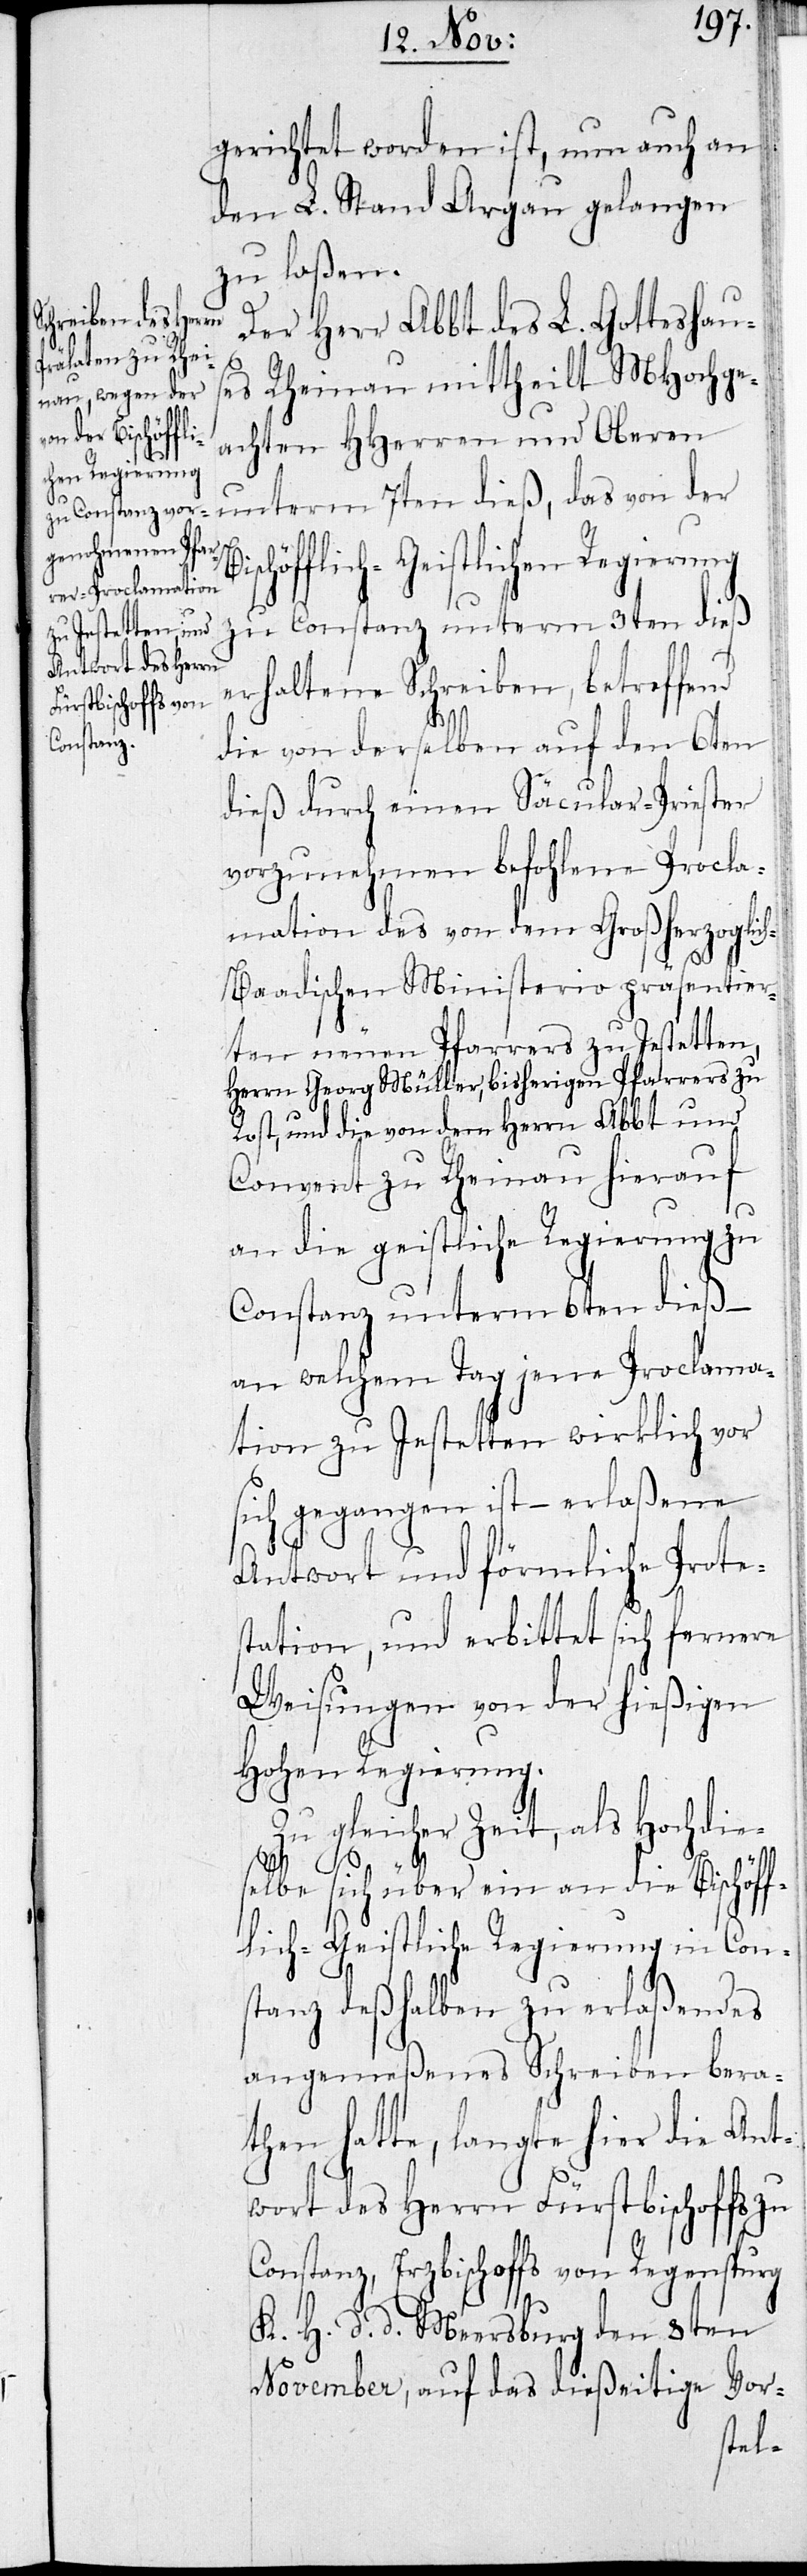
gerichtet worden ist, nun auch an
den L. Stand Aargau gelangen
zu laßen.
Der Herr Abbt des L. Gotteshaus¬
es Rheinau mittheilt MHochge¬
Bischöf¬
achten HHerren und Oberen
unterm 7ten dieß, das von der
flich-Geistlichen Regierung
zu Constanz unterm 3ten dieß
erhaltene Schreiben, betreffend
die von derselben auf den 6ten
dieß durch einen Säcular-Priester
vorzunehmen befohlene Procla¬
mation des von dem Großherzoglic¬
h-Baadischen Ministerio präsentier¬
ten neuen Pfarrers zu Jestetten,
Herrn Georg Müller, bisherigen Pfarrers zu
Rost, und die von dem Herrn Abbt um
Convent zu Rheinau hierauf
an die geistliche Regierung zu
Constanz unterm 6ten dieß –
an welchem Tag jene Proclama¬
tion zu Jestetten wirklich vor
sich gegangen ist – erlaßene
Antwort und förmliche Prote¬
station, und erbittet sich ferner
Weisung von der hießigen
Hohen Regierung.
Zu gleicher Zeit, als Hochdie¬
selbe sich über ein an die Bischöf¬
flich-Geistliche Regierung in Con¬
stanz deshalben zu erlaßendes
angemeßenes Schreiben bera¬
then hatte, langte hier die Ant¬
wort des Herrn Fürstbischoffs zu
Constanz, Erzbischoffs von Regensburg
K. H. d. d. Meersburg den 3ten
November, auf das dießeitige Vor-